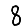
Digit: 8